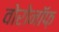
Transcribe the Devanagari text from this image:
वोरोनॉफ़